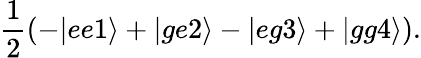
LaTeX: \frac{1}{2}(-|ee1\rangle+|ge2\rangle-|eg3\rangle+|gg4\rangle).